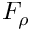
F _ { \rho }